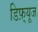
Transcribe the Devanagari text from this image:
डिफ़्यूज